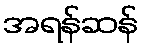
အရန်ဆန်